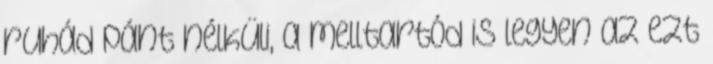
ruhád pánt nélküli, a melltartód is legyen az ezt